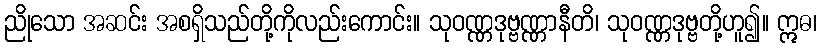
ညိုသော အဆင်း အစရှိသည်တို့ကိုလည်းကောင်း။ သုဝဏ္ဏဒုဗ္ဗဏ္ဏာနီတိ၊ သုဝဏ္ဏဒုဗ္ဗတို့ဟူ၍။ ဣဓ၊